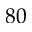
8 0